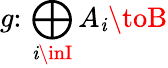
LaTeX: g\colon\, \bigoplus_{\mathit{i}\inI}A_{\mathit{i}}\toB